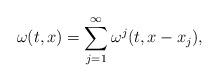
LaTeX: \begin{align*}\omega(t,x) = \sum_{j=1}^{\infty} \omega^j(t,x-x_j),\end{align*}